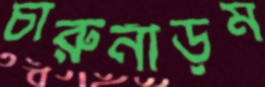
চারুনীড়ম